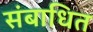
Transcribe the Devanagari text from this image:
संबाधित